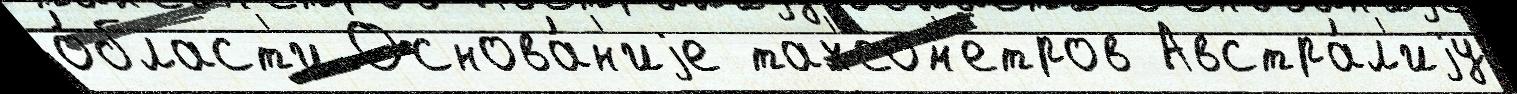
о́бласт'и Основа́н'иjе тах'еом'етров Австра́л'иjу